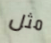
مثل